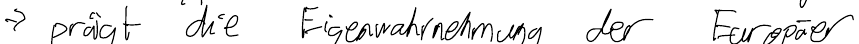
-> prägt die Eigenwahrnehmung der Europäer